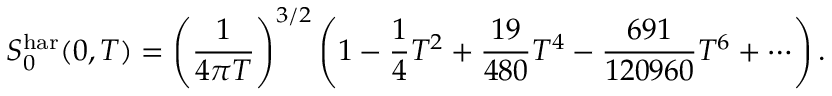
S _ { 0 } ^ { \mathrm { h a r } } ( 0 , T ) = \left( \frac { 1 } { 4 \pi T } \right) ^ { 3 / 2 } \left( 1 - \frac { 1 } { 4 } T ^ { 2 } + \frac { 1 9 } { 4 8 0 } T ^ { 4 } - \frac { 6 9 1 } { 1 2 0 9 6 0 } T ^ { 6 } + \cdots \right) .